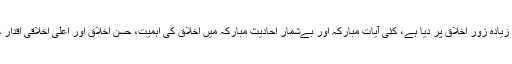
اسلام نے سب سے زیادہ زور اخلاق پر دیا ہے، کئی آیات مبارکہ اور بےشمار احادیث مبارکہ میں اخلاق کی اہمیت، حسنِ اخلاق اور اعلی اخلاقی اقدار کو بیان کیا گیا ہے۔